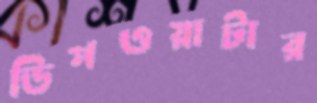
ডিপওয়াটার